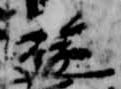
遊